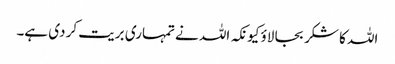
اللہ کا شکر بجا لاؤ کیونکہ اللہ نے تمہاری بریت کر دی ہے۔